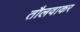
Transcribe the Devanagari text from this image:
तौलवाकर